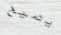
يصيح